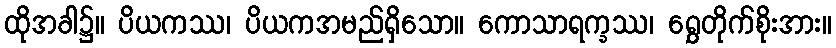
ထိုအခါ၌။ ပိယကဿ၊ ပိယကအမည်ရှိသော။ ကောသာရက္ခဿ၊ ရွှေတိုက်စိုးအား။